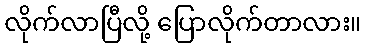
လိုက်လာပြီလို့ ပြောလိုက်တာလား။